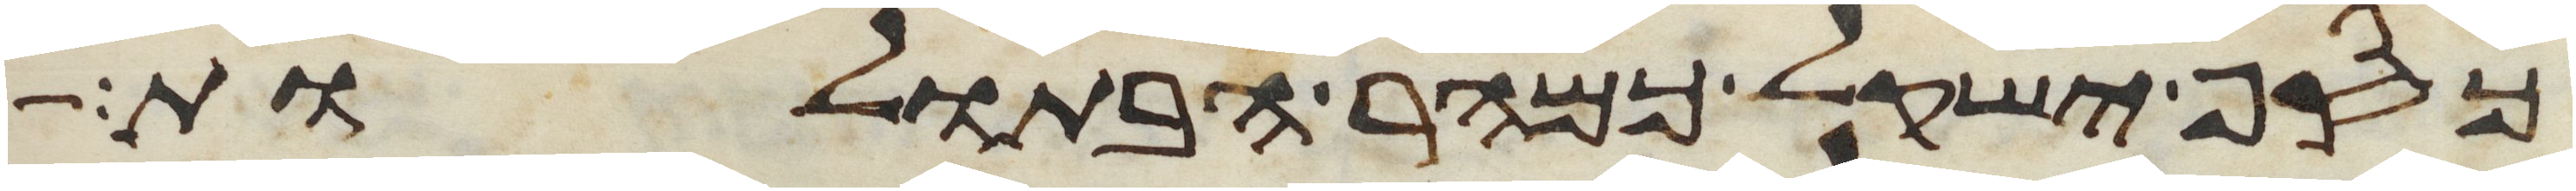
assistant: כסף ישקל כמהר הבתולות